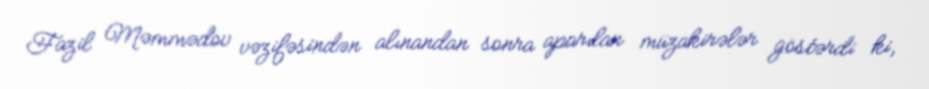
Fazil Məmmədov vəzifəsindən alınandan sonra aparılan müzakirələr göstərdi ki,